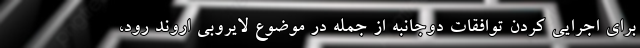
برای اجرایی کردن توافقات دوجانبه از جمله در موضوع لایروبی اروند رود،